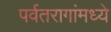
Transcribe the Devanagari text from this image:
पर्वतरागांमध्ये